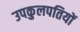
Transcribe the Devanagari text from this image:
उपकुलपतियों